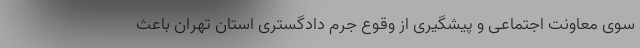
سوی معاونت اجتماعی و پیشگیری از وقوع جرم دادگستری استان تهران باعث